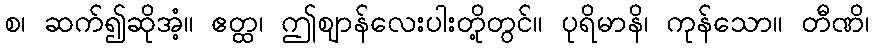
စ၊ ဆက်၍ဆိုအံ့။ ဧတ္ထ၊ ဤဈာန်လေးပါးတို့တွင်။ ပုရိမာနိ၊ ကုန်သော။ တီဏိ၊